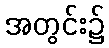
အတွင်း၌